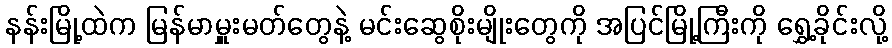
နန်းမြို့ထဲက မြန်မာမှူးမတ်တွေနဲ့ မင်းဆွေစိုးမျိုးတွေကို အပြင်မြို့ကြီးကို ရွှေ့ခိုင်းလို့